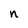
Character: n